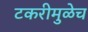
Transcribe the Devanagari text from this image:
टकरीमुळेच